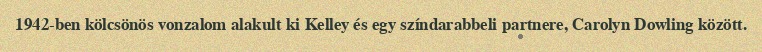
1942-ben kölcsönös vonzalom alakult ki Kelley és egy színdarabbeli partnere, Carolyn Dowling között.